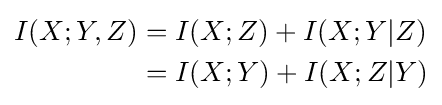
{\begin{aligned}I(X;Y,Z)&=I(X;Z)+I(X;Y|Z)\\&=I(X;Y)+I(X;Z|Y)\end{aligned}}